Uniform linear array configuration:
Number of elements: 16
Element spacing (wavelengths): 1
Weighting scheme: hann
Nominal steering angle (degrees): -30
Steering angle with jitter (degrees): -31.3
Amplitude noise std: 0.05
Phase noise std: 0.05

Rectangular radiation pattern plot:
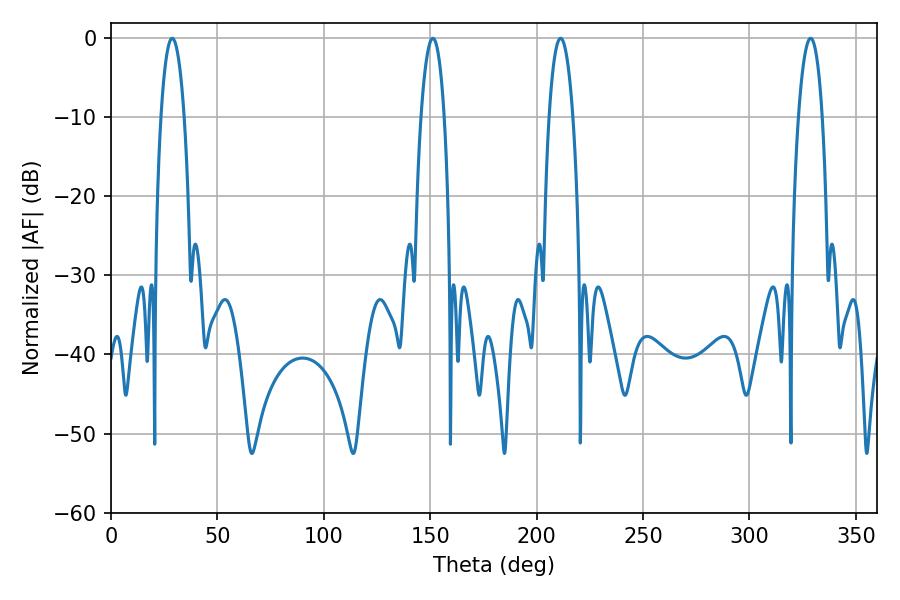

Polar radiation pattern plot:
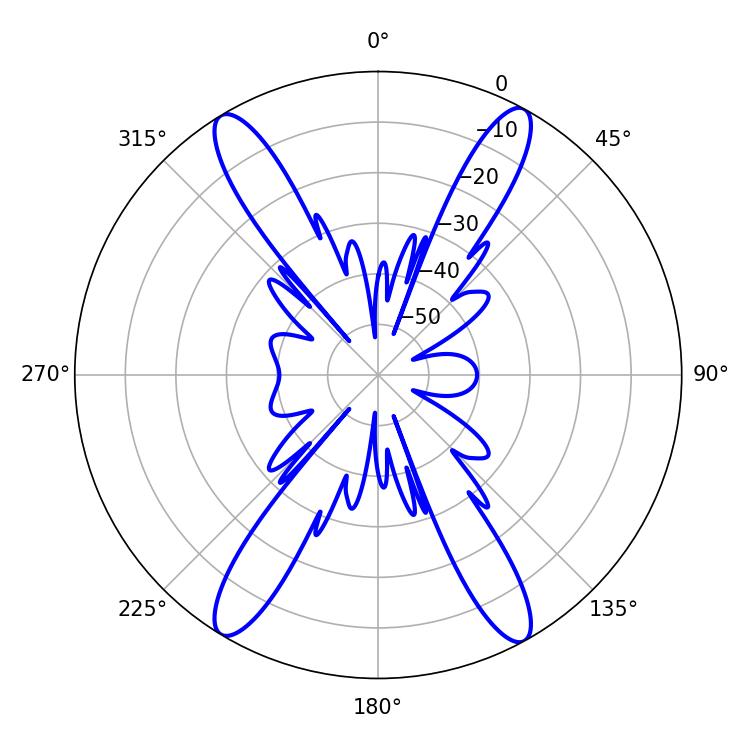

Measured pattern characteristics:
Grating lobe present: TRUE
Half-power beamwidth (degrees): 6.12
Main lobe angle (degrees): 151.2